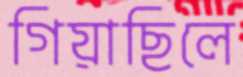
গিয়াছিলে